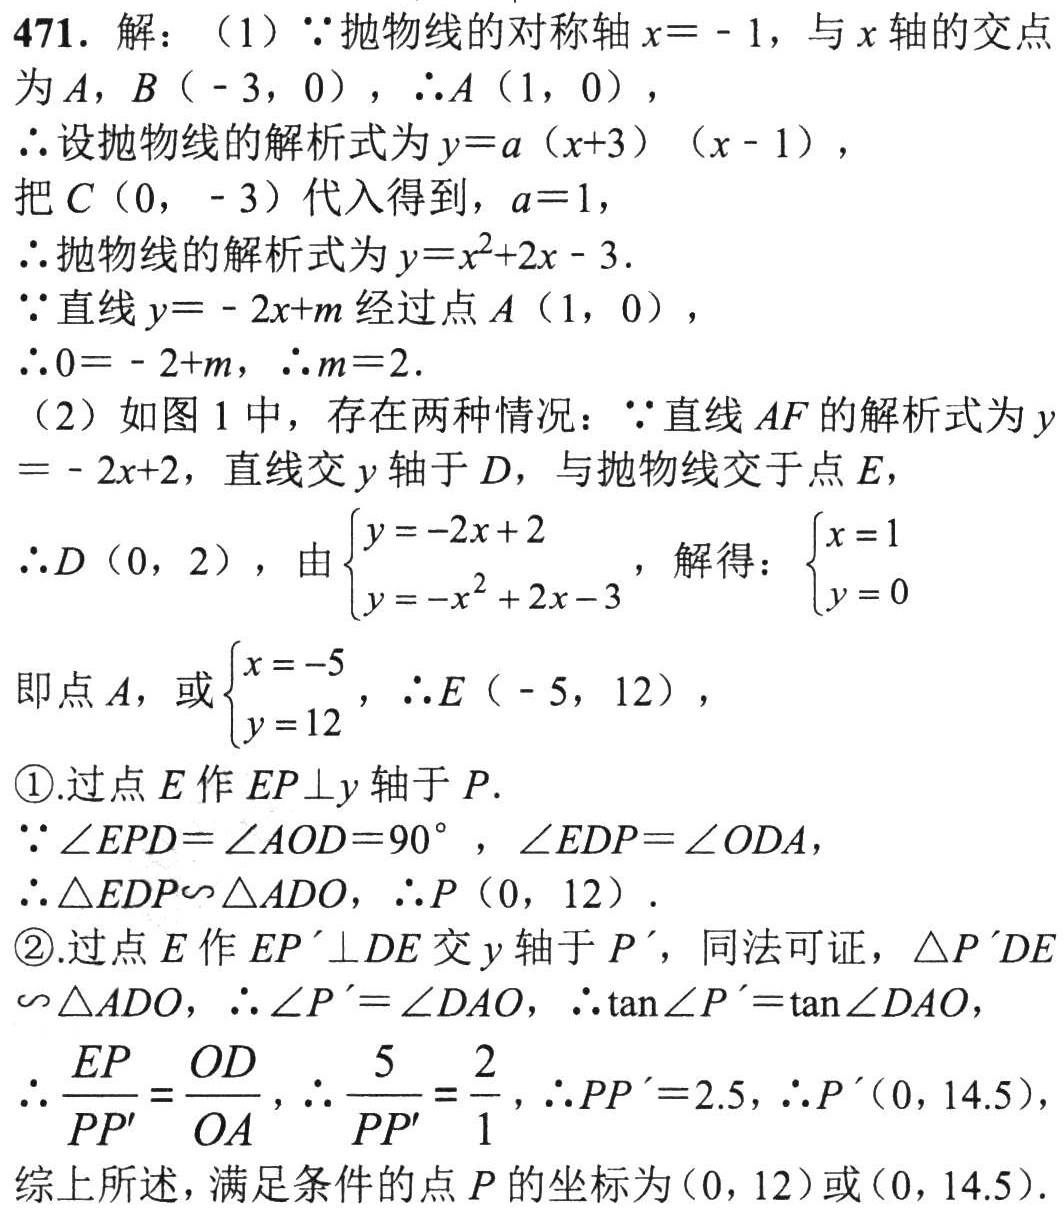
471. 解：（1）\(\because\)抛物线的对称轴\(x = - 1\)，与\(x\)轴的交点为\(A\)，\(B(-3,0)\)，\(\therefore A(1,0)\)，
\(\therefore\)设抛物线的解析式为\(y = a(x + 3)(x - 1)\)，
把\(C(0,-3)\)代入得到，\(a = 1\)，
\(\therefore\)抛物线的解析式为\(y=x^{2}+2x - 3\).
\(\because\)直线\(y=-2x + m\)经过点\(A(1,0)\)，
\(\therefore0=-2 + m\)，\(\therefore m = 2\).
（2）如图1中，存在两种情况：\(\because\)直线\(AF\)的解析式为\(y=-2x + 2\)，直线交\(y\)轴于\(D\)，与抛物线交于点\(E\)，
\(\therefore D(0,2)\)，由\(\begin{cases}y=-2x + 2\\y=-x^{2}+2x - 3\end{cases}\)，解得：\(\begin{cases}x = 1\\y = 0\end{cases}\)
即点\(A\)，或\(\begin{cases}x=-5\\y = 12\end{cases}\)，\(\therefore E(-5,12)\)，
\textcircled{1}.过点\(E\)作\(EP\perp y\)轴于\(P\).
\(\because\angle EPD=\angle AOD = 90^{\circ}\)，\(\angle EDP=\angle ODA\)，
\(\therefore\triangle EDP\backsim\triangle ADO\)，\(\therefore P(0,12)\).
\textcircled{2}.过点\(E\)作\(EP'\perp DE\)交\(y\)轴于\(P'\)，同法可证，\(\triangle P'DE\backsim\triangle ADO\)，\(\therefore\angle P'=\angle DAO\)，\(\therefore\tan\angle P'=\tan\angle DAO\)，
\(\therefore\frac{EP}{PP'}=\frac{OD}{OA}\)，\(\therefore\frac{5}{PP'}=\frac{2}{1}\)，\(\therefore PP' = 2.5\)，\(\therefore P'(0,14.5)\)，
综上所述，满足条件的点\(P\)的坐标为\((0,12)\)或\((0,14.5)\).